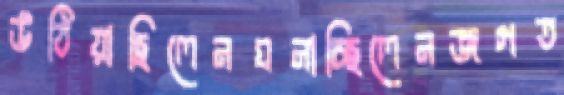
উঠিয়াছিলেনঘনাচ্ছিলেনজগত